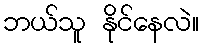
ဘယ်သူ နိုင်နေလဲ။